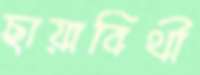
ছায়াবিথী